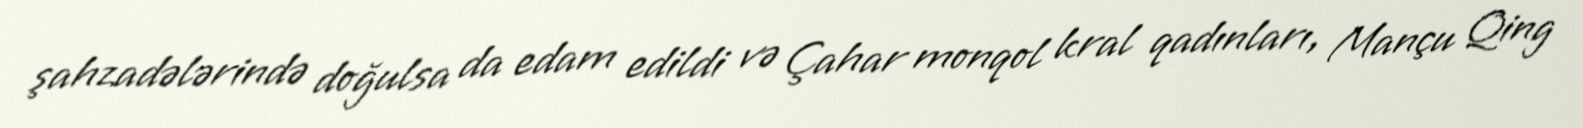
şahzadələrində doğulsa da edam edildi və Çahar monqol kral qadınları, Mançu Qing